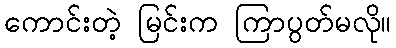
ကောင်းတဲ့ မြင်းက ကြာပွတ်မလို။